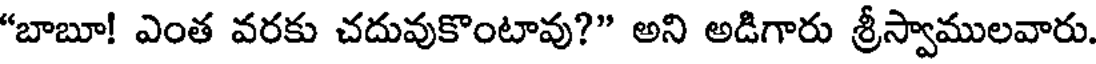
"బాబూ! ఎంత వరకు చదువుకొంటావు?" అని అడిగారు శ్రీస్వాములవారు.